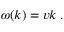
\omega ( k ) = v k \; .